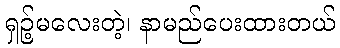
ရှဉ့်မလေးတဲ့၊ နာမည်ပေးထားတယ်